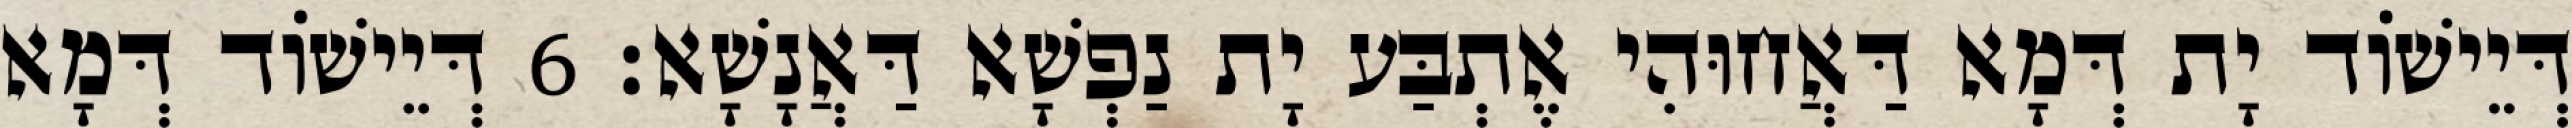
דְּיֵישׁוֹד יָת דְּמָא דַּאֲחוּהִי אֶתְבַּע יָת נַפְשָׁא דַּאֲנָשָׁא׃ 6 דְּיֵישׁוֹד דְּמָא